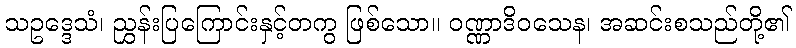
သဥဒ္ဒေသံ၊ ညွှန်းပြကြောင်းနှင့်တကွ ဖြစ်သော။ ဝဏ္ဏာဒိဝသေန၊ အဆင်းစသည်တို့၏